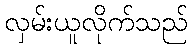
လှမ်းယူလိုက်သည်